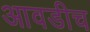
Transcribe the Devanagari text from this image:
आवडीच